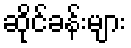
ဆိုင်ခန်းများ